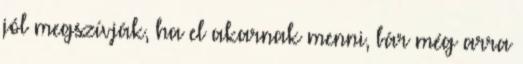
jól megszívják, ha el akarnak menni, bár még arra